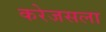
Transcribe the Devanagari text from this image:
करेजसला